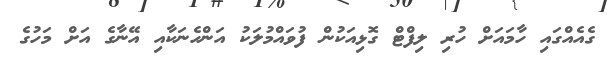
ގެއެއްގައި ހާމައަށް ހުރި ލިފްޓް ގޮޅިއަކުން ފުވައްމުލަކު އަންހެނަކާއި އޭނާގެ އަށް މަހުގެ